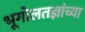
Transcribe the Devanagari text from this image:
भूगोलतज्ञांच्या